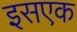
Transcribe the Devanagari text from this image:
इसएक